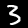
Label: 3